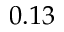
0 . 1 3